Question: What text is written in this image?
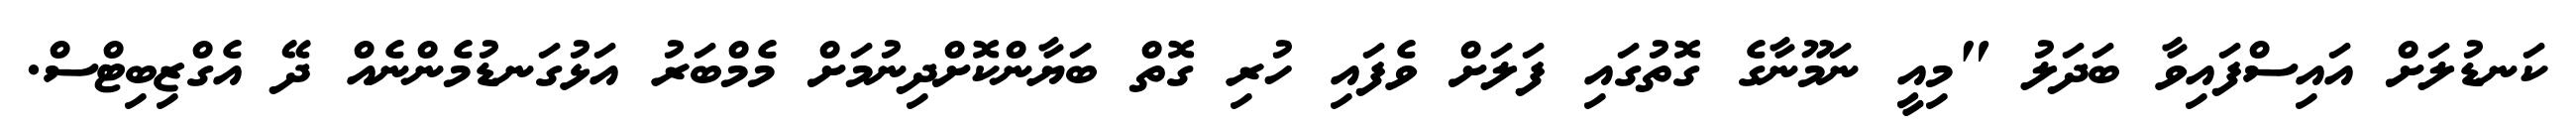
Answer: ކަނޑުލަށް އައިސްފައިވާ ބަދަލު "މިއީ ނަމޫނާގެ ގޮތުގައި ފަލަށް ވެފައި ހުރި ގޮތް ބަޔާންކޮށްދިނުމަށް މެމްބަރު އަޅުގަނޑުމެންނެއް ދޭ އެގްޒިބިޓްސް.